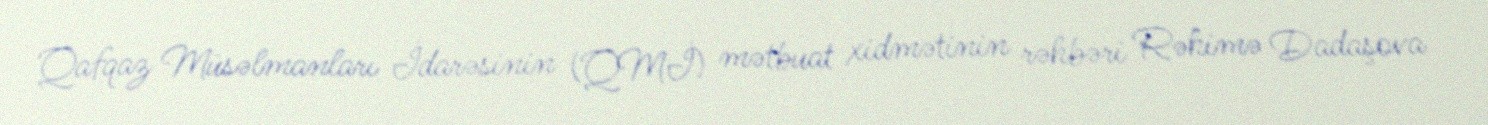
Qafqaz Müsəlmanları İdarəsinin (QMİ) mətbuat xidmətinin rəhbəri Rəhimə Dadaşova